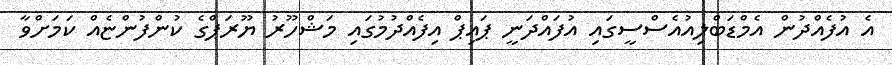
އެ އުފެއްދުން އެމްޑަބްލިއުއެސްސީގައި އުފައްދަނީ ޕައިޕް އިފެއްދުމުގައި މަޝްހޫރު ޔޫރަޕްގެ ކުންފުންޏެއް ކަމަށްވާ